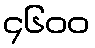
၄၆၀၀